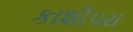
કાશીપરા